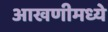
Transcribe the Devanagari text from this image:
आखणीमध्ये